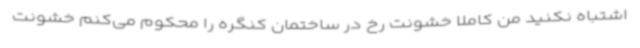
اشتباه نکنید من کاملا خشونت رخ در ساختمان کنگره را محکوم می‌کنم خشونت